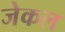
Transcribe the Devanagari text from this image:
जेकल